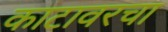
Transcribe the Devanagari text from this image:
काटावरचा